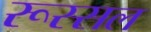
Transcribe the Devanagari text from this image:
रूस्सल